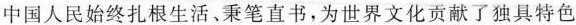
中国人民始终扎根生活、秉笔直书，为世界文化贡献了独具特色